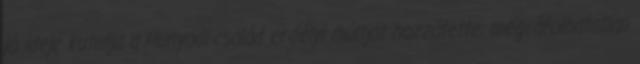
jó ideje kutatja a Hunyadi-család erdélyi múltját hozzátette: megcáfolhatatlan